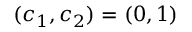
( c _ { 1 } , c _ { 2 } ) = ( 0 , 1 )